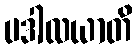
ပဒါလယာတိ